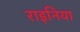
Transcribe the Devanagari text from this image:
राइनिया